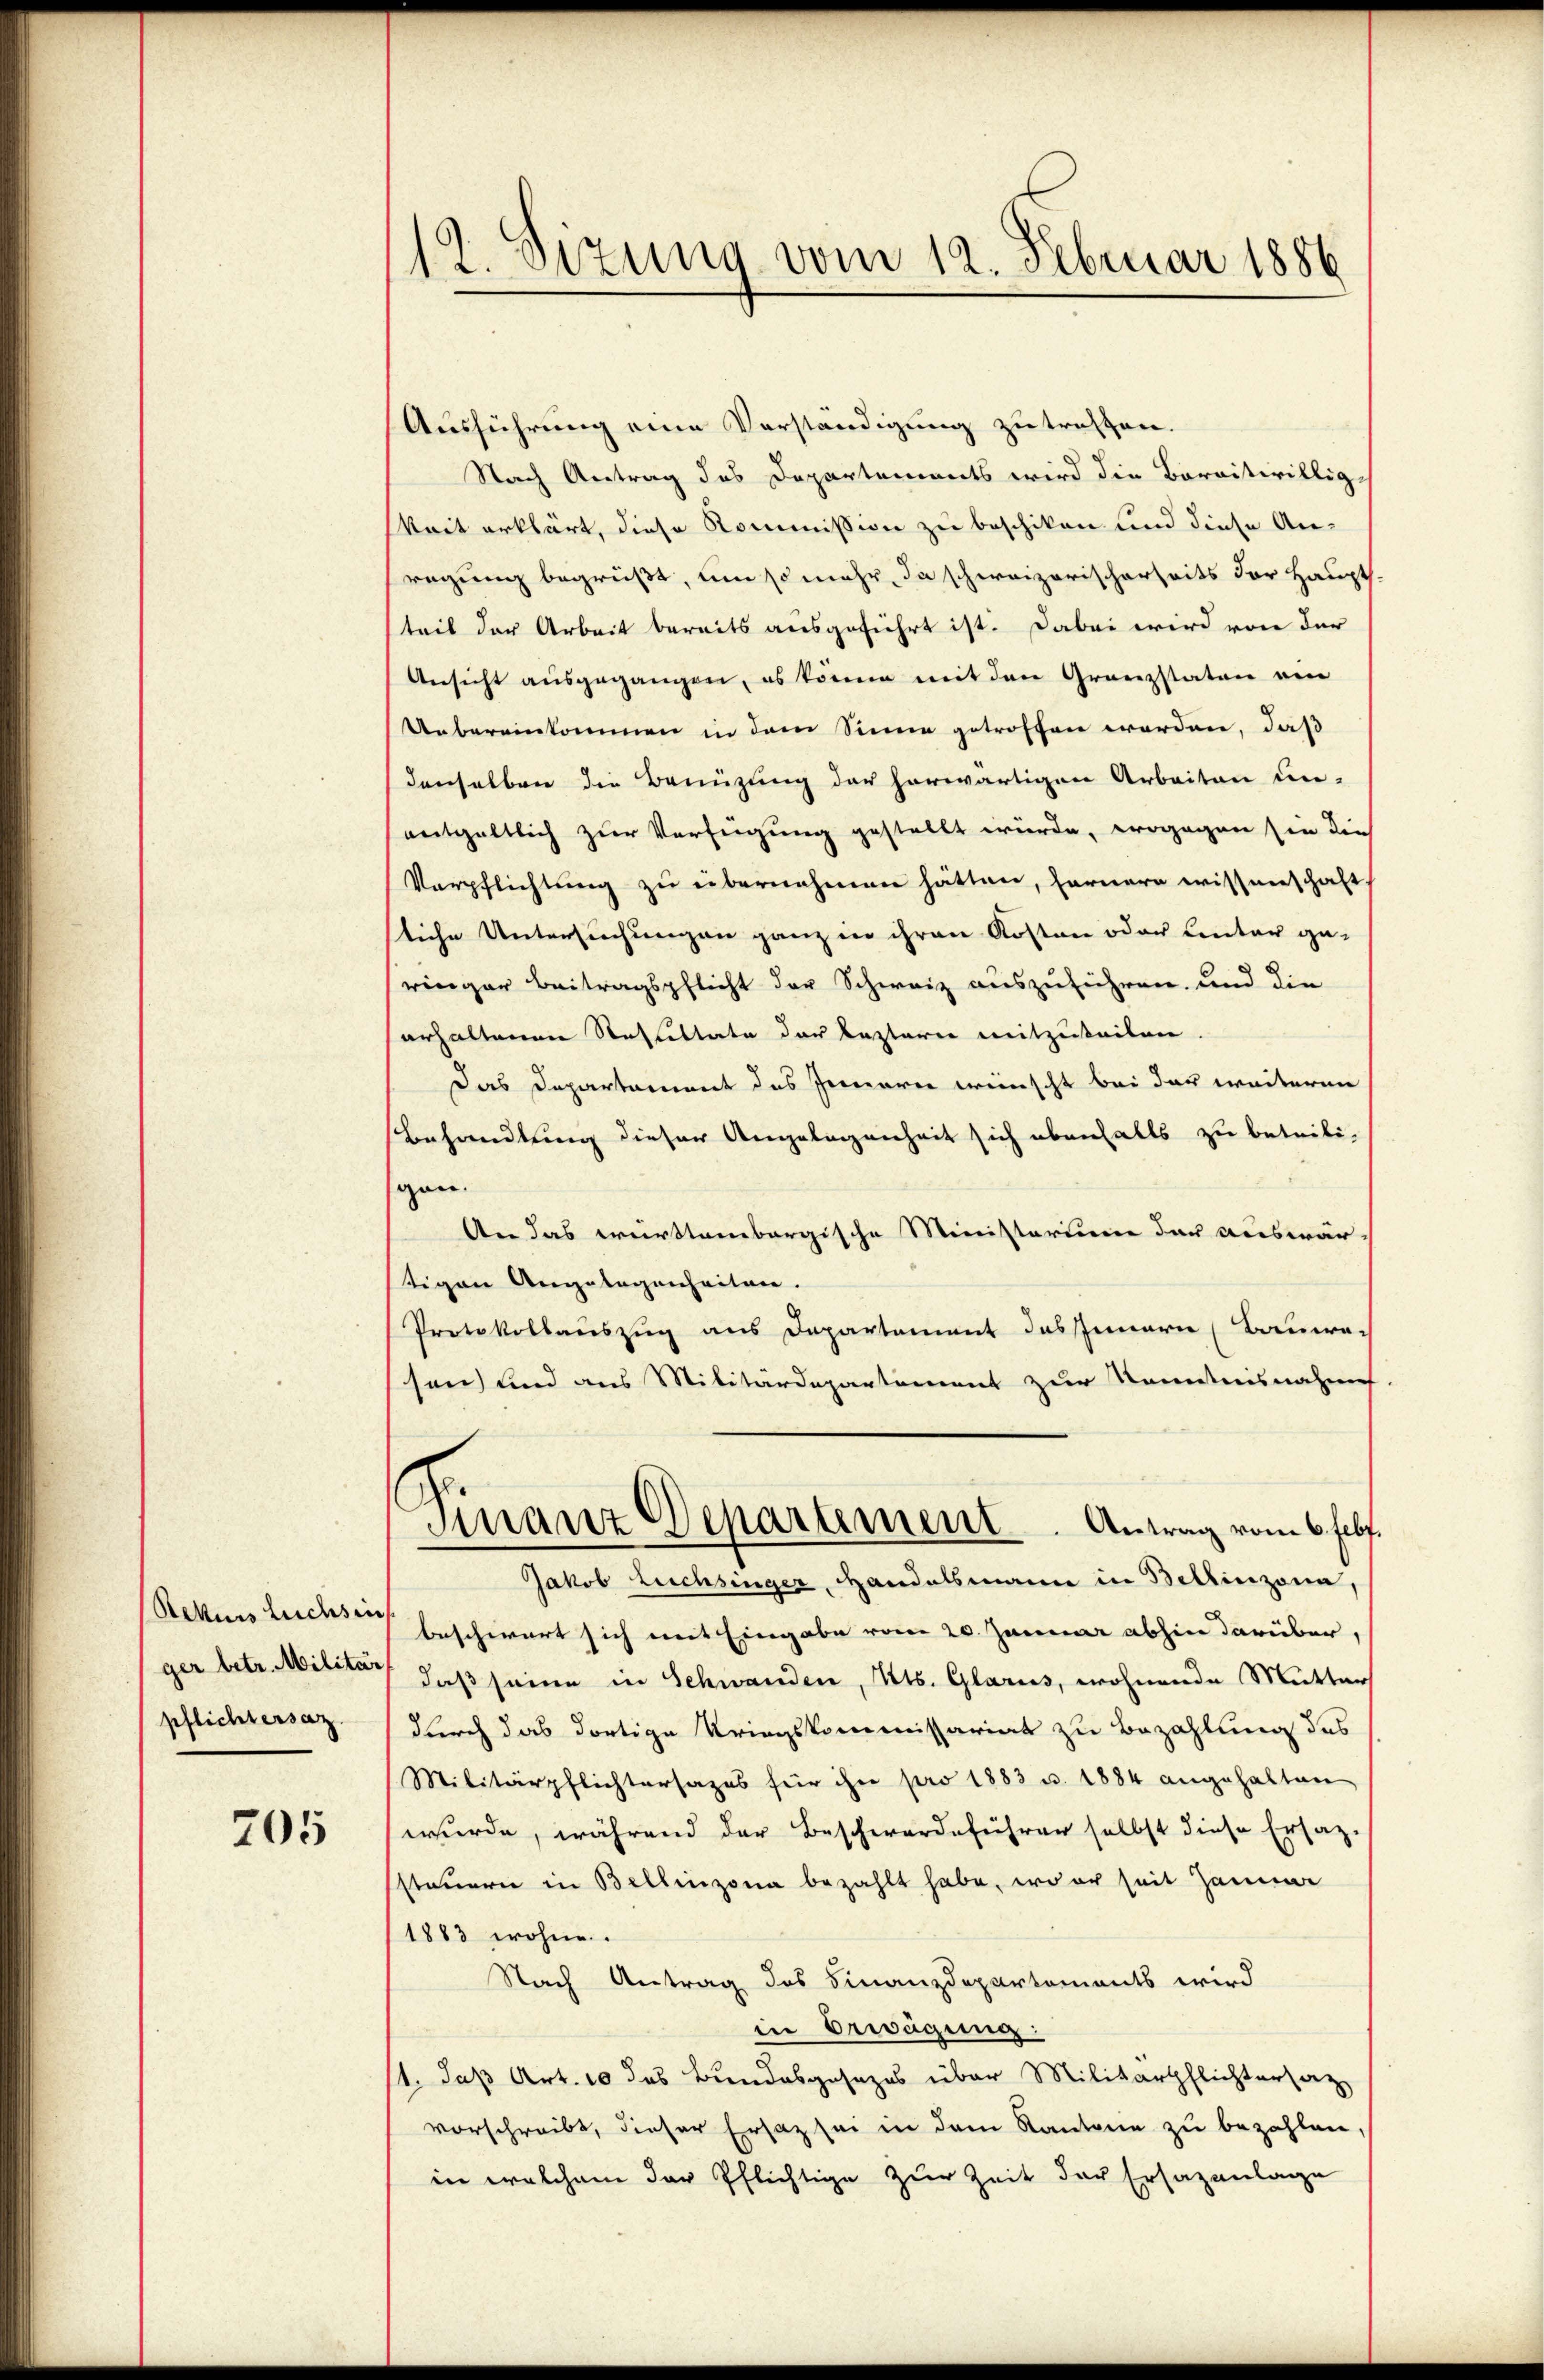
Rekurs Leichsen
ger betr. Militär
pflichtersaz

205

12. Sizung vom 12. Februar 1886

Ausführung eine Verständigung zu treffen.
Nach Antrag des Departements wird die Baraitwillig
keit erklärt, diese Kommission zu beschiken und diese An-
fregung begrüßt, um so mehr, da schweizerischerheits der Haupt.
teil der Arbeit bereits ausgeführt ist. Dabei wird von der
Ansicht ausgegangen, es könne mit den Granzstaten ein
Uebereinkommen in dem Sinne getroffen worden, daß
denselben die Benüzung der herwärtigen Arbeiten un-
entgeltlich zur Verfügung gestellt würde, wogegen sie die
Verpflichtung zu übernehmen hätten, fernere wissenschaft
liche Untersuchungen ganz in ihren Kosten oder Centar ge-
ringer Beitragspflicht der Schweiz auszuführen, und die
erhaltenen Resultate der Kastare mitzuteilen
Das Departament des Innerer wünscht bei der weiteren
Behandlung dieser Angelegenheit sich ebenfalls zu beteili-
gan.
An das württembergische Ministerium der auswär-
stigen Angelegenheiten.
Protokollauszug aus Departement das Innern (Bauwe-
sen) und aus Militärdepartement zur Kenntnisnahmef
Finanz Departement. Antrag vom 6. Febr.
Jakob Luchsinger, Handelsmann in Bellinzona,
beschwert sich mit Eingabe vom 20. Januar abhin darüber,
daß seine in Schwanden, Kts. Glarus, wohnende Mutter
durch das dortige Kriegskommissariat zu Bezahlung des
Militärpflichtersages für ihn pro 1883 u. 1884 angehalten
wurde, während der Beschwerdeführer selbst diese Ersatz-
ssteuern in Bellinzona bezahlt habe, wo er seit Jamm
1883 wohne.
Nach Antrag des Finanzdepartements wird
in Erwägung:
11. daß Art. 10 das Bundesgesezes über Militärpflichtersatz
vorschreibt, dieser Ersatz sei in dem Kantone zu bezahlen,
in welchem der Pflichtige zur Zeit der Ersazanlage